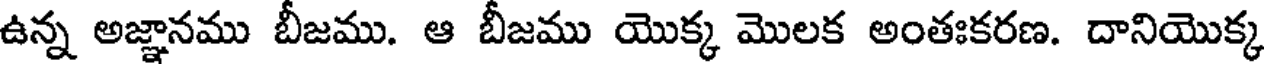
ఉన్న అజ్ఞానము బీజము. ఆ బీజము యొక్క మొలక అంతఃకరణ. దానియొక్క